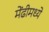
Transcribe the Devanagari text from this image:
मेंढीमध्ये